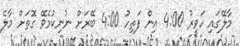
މާލޭގައި ހަވީރު 4:00 އިން ފަތިހު 4:00 ބޭރަށް ނުނިކުމެވޭ ގޮތަށް މާލެ